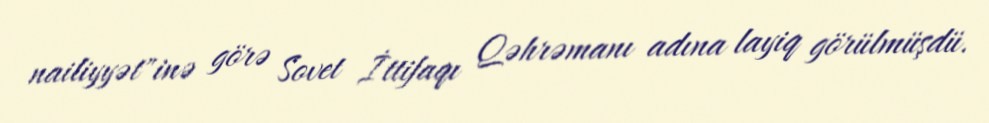
nailiyyət"inə görə Sovet İttifaqı Qəhrəmanı adına layiq görülmüşdü.